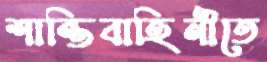
শান্তিবাহিনীতে